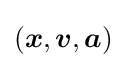
({\boldsymbol {x}},{\boldsymbol {v}},{\boldsymbol {a}})